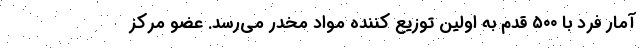
آمار فرد با ۵۰۰ قدم به اولین توزیع کننده مواد مخدر می‌رسد. عضو مرکز